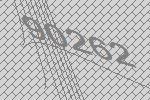
90262